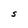
Character: S